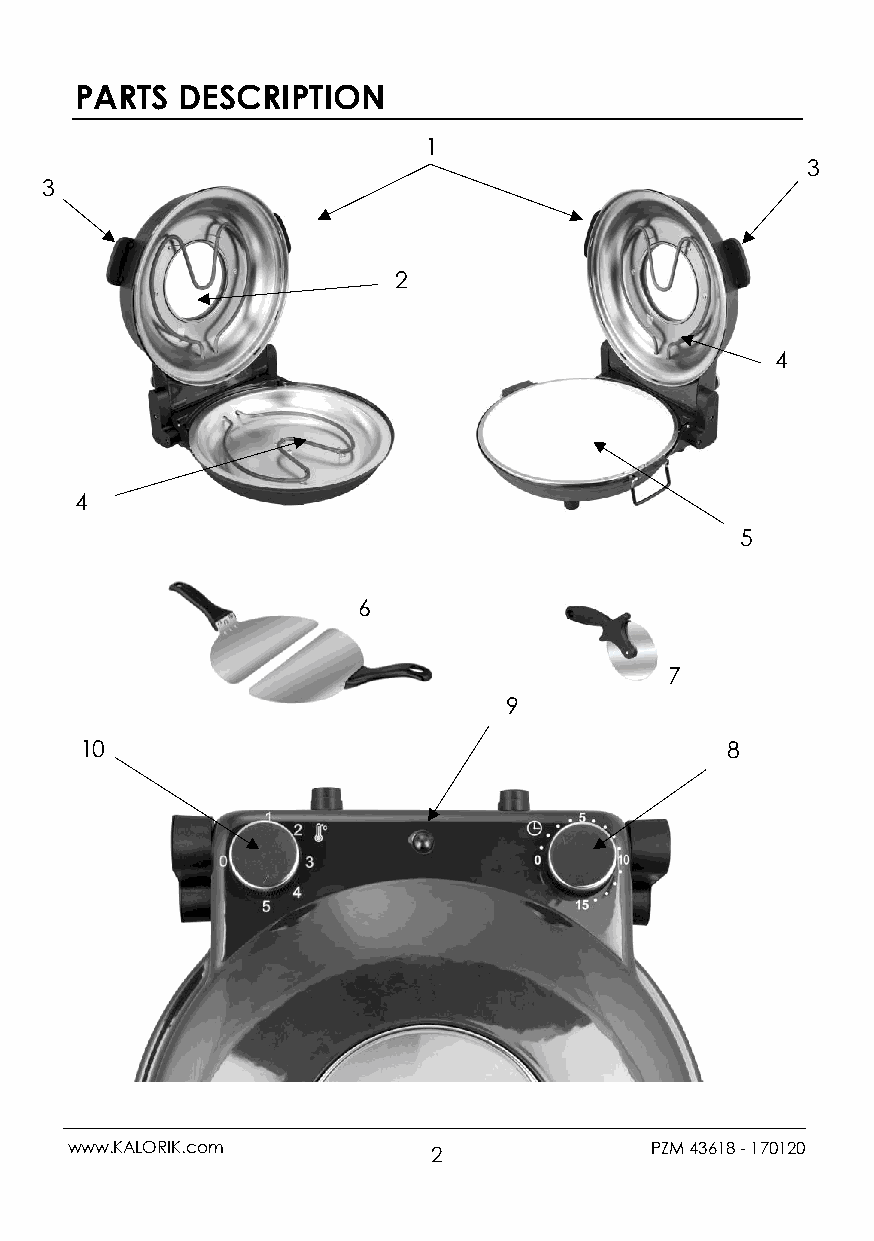
PARTS  DESCRIPTION
 1
 3
 3
 2
 4
 4
 5
 6
 7
 9
 10                                         8
 www.KALORIK.com          2             PZM 43618 - 170120